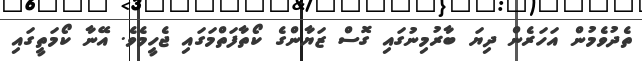
ތެދުވެމުން އަހަރެން ދިޔަ ބާރުމިނުގައި ގޮސް ޒަޔާންގެ ކޯތާފަތްމަގައި ޖެހީމެވެ. އޭނާ ކޯމަތީގައި